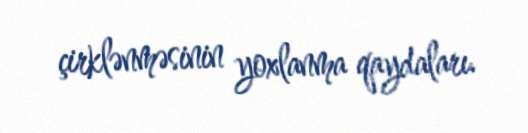
çirklənməsinin yoxlanma qaydaları.